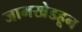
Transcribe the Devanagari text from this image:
जामखेडहून